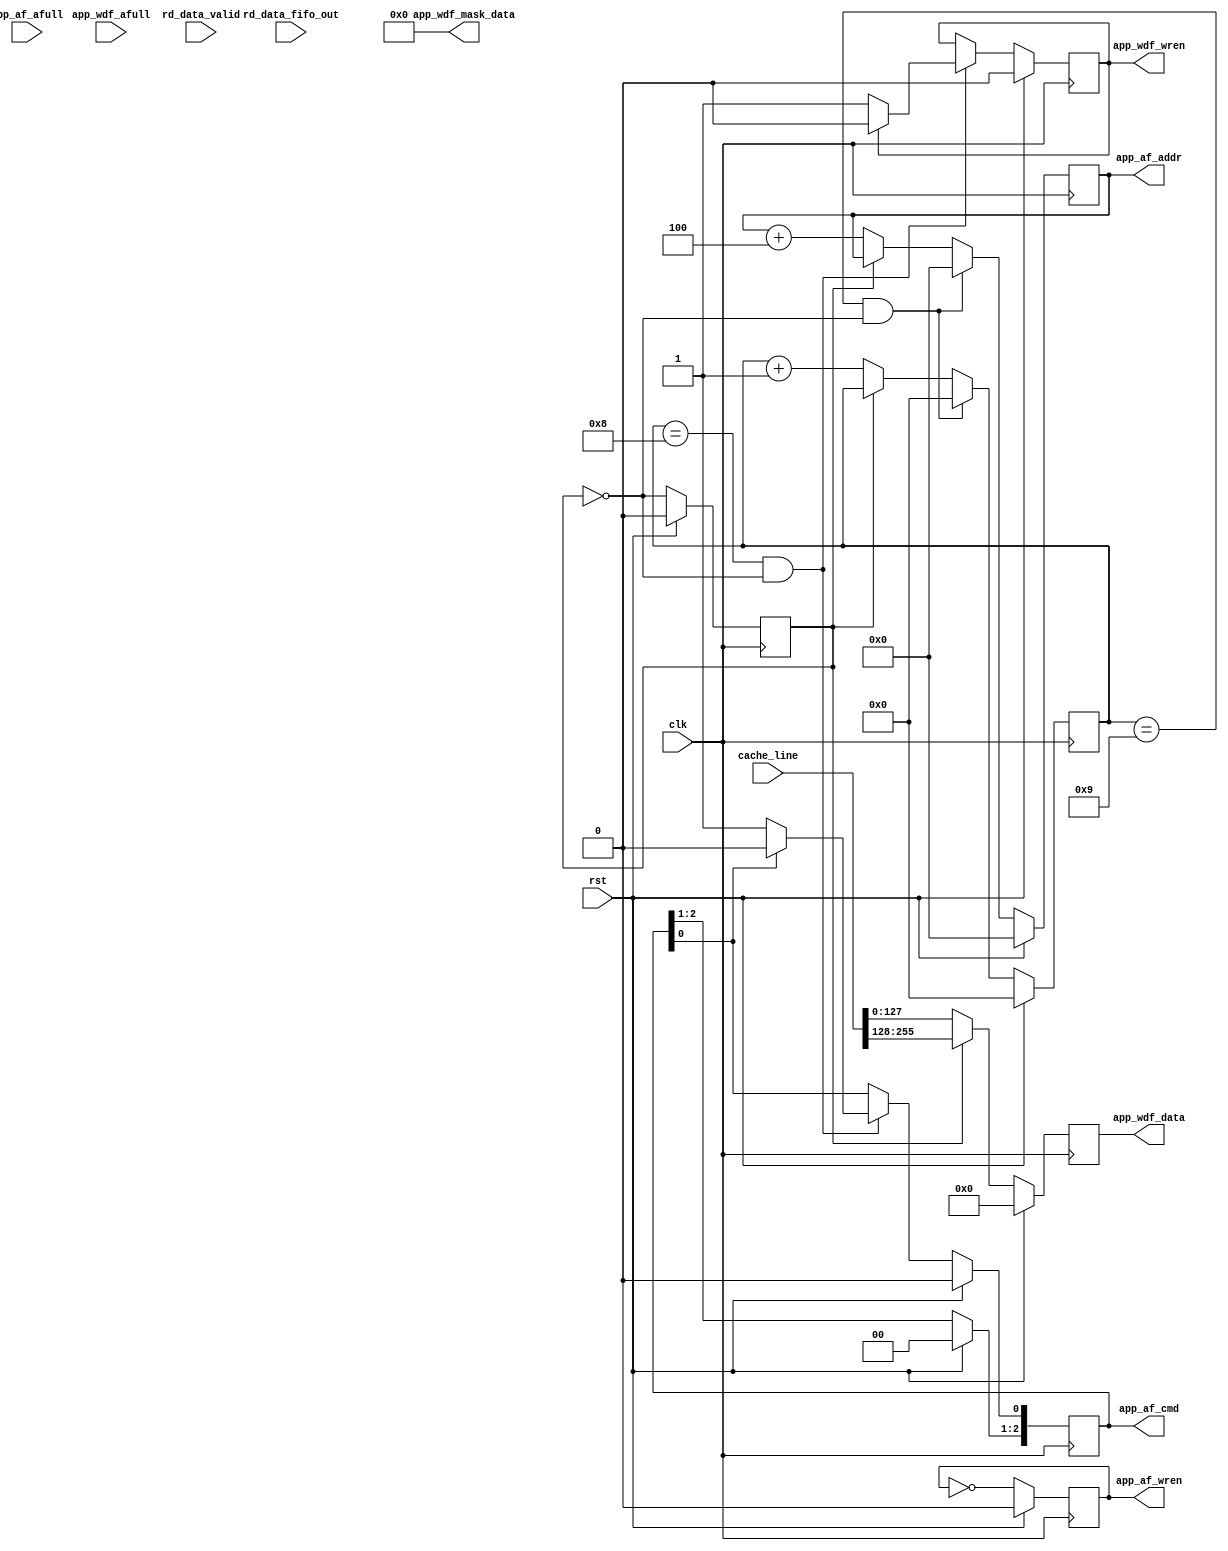
`timescale 1ns / 1ps
//////////////////////////////////////////////////////////////////////////////////
// Company: 
// Engineer: 
// 
// Design Name: 
// Module Name:    mig_data 
// Project Name: 
// Target Devices: 
// Tool versions: 
// Description: 
//
// Dependencies: 
//
// Revision: 
// Revision 0.01 - File Created
// Additional Comments: 
//
//////////////////////////////////////////////////////////////////////////////////
module mig_data # (
	parameter APPDATA_WIDTH           = 128,     
	parameter BANK_WIDTH              = 2,       
	parameter COL_WIDTH               = 10,       
	parameter ROW_WIDTH               = 13       
    )
	(
   input                             	app_wdf_afull,       // output
   input                             	app_af_afull,			// output
   input                             	rd_data_valid,			// output
   output  reg                       	app_wdf_wren,			// input
   output  reg                       	app_af_wren,			// input
	// Get the truncated data from top module.
   output  reg [24:0]                	app_af_addr,			// input
   output  reg [2:0]                 	app_af_cmd,				// input
   input   [(APPDATA_WIDTH)-1:0]     	rd_data_fifo_out,		// output
   output  reg [(APPDATA_WIDTH)-1:0] 	app_wdf_data,			// input
   output  		[(APPDATA_WIDTH/8)-1:0]	app_wdf_mask_data,	// input
   
   input   [(2*APPDATA_WIDTH)-1:0]   cache_line,				// Correct input
   input							 			 clk,   					   // Correct input
   input							 			 rst							// Correct input
	);



   //wire                             app_wdf_afull;          		// output
   //wire                             app_af_afull;					// output
   //wire                             rd_data_valid;					// output
   //reg                              app_wdf_wren;					// input
   //reg                              app_af_wren;					// input
   //reg  [30:0]                      app_af_addr;					// input
   //reg  [2:0]                       app_af_cmd;						// input
   //wire [(APPDATA_WIDTH)-1:0]       rd_data_fifo_out;				// output
   //reg  [(APPDATA_WIDTH)-1:0]       app_wdf_data;					// input
   //reg  [(APPDATA_WIDTH/8)-1:0]     app_wdf_mask_data;				// input
   //reg 								rd_en;							// temp_rd_signal	
	
   reg [3:0] counter;
   reg addr_change;
	
	assign app_wdf_mask_data = 16'd0;
	
   always @(posedge clk)
   begin
		if(rst)
		begin
			counter <= 4'd0;
			addr_change <= 1'b0;
			app_af_addr <= 25'd0;
		end
		else
		begin
			// The value of addr will increment by 4 only 
			// after two clock cycles. The address change
			// will happen for the number of available 256
			// bits data.
			if(counter == 4'd9 && addr_change == 1'b0)
			begin
				counter <= 4'd0;
				app_af_addr <= 25'd0;
				addr_change <= ~addr_change;
			end
			else if(addr_change == 1'b0)
			begin
			   addr_change <= ~addr_change;
				counter <= counter + 1;
				app_af_addr <= app_af_addr + 3'd4;
			end
			else
			begin
				addr_change <= ~addr_change;
			end
		end
	end
	
	always @(posedge clk)
	begin
		if(rst)
		begin
			// cmd value equal to 000 indicates that
			// we are planning to write data and 001
			// indicates that we will be reading the 
			// data.
			app_af_cmd <= 3'd0;			
			// When the memory controller unit restarts
			// be ready to write the data.
			app_wdf_wren <= 1'b0;			
		end
		else
		begin
			if(counter == 4'd8 && addr_change == 1'b0)
			begin
				// After all of the data has been written, then
				// update the cmd and wr_en value to select either 
				// read/write value.
				if(app_af_cmd[0] == 1'b0)
					app_af_cmd[0]	<= 1'b1;
				else
					app_af_cmd[0]	<= 1'b0;
					
				if(app_wdf_wren == 1'b0)
					app_wdf_wren  	<= 1'b1;
				else
					app_wdf_wren  	<= 1'b0;
			end
			else
			begin
				app_af_cmd[0]	<= app_af_cmd[0];
				app_wdf_wren  	<= app_wdf_wren;
			end
		end
	end
	
	
   always @(posedge clk)
   begin
		if(rst)
		begin
			app_af_wren <= 1'd0;
		end
		else
		begin
			app_af_wren <= ~app_af_wren;
		end
	end	
	
	always @(posedge clk)
   begin
		if(rst)
		begin
			app_wdf_data <= 128'd0;
		end
		else
		begin
			if(!addr_change)
				app_wdf_data <= cache_line[127:0];
			else
				app_wdf_data <= cache_line[255:128];
		end
	end	
	
	
	
endmodule